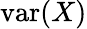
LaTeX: \operatorname{var}(X)